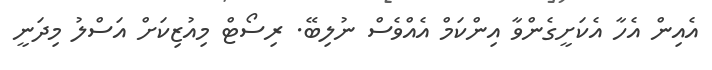
އެއިން އެހާ އެކަށީގެންވާ އިންކަމް އެއްވެސް ނުލިބޭ. ރިސޯޓް މިއުޒިކަށް އަސްލު މިދަނީ